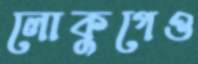
লোকুগেও